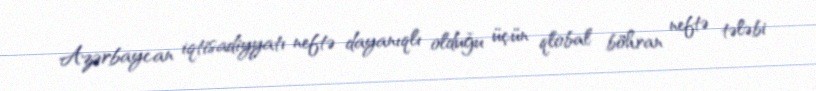
Azərbaycan iqtisadiyyatı neftə dayanıqlı olduğu üçün qlobal böhran neftə tələbi